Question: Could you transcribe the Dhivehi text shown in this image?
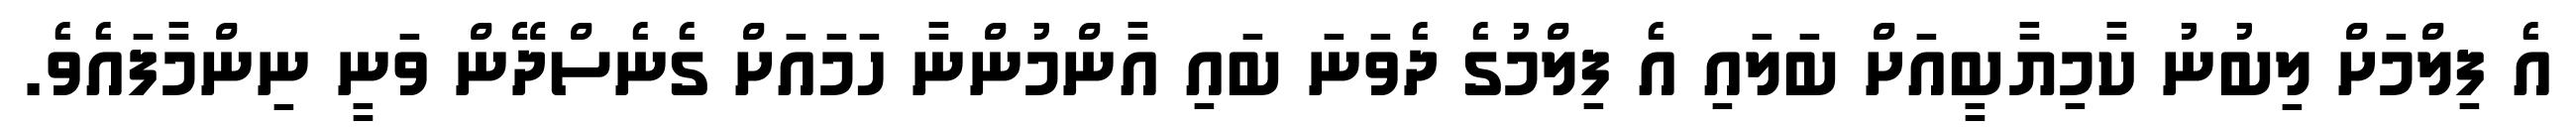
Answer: އެ ފިލްމަށް ލިބުނު ކާމިޔާބީއަށް ބަލައި އެ ފިލްމުގެ ދެވަނަ ބައި އާންމުންނާ ހަމައަށް ގެނެސްދޭން ވަނީ ނިންމާފައެވެ.